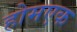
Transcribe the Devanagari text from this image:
होमएक